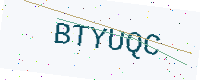
Text: BTYUQC